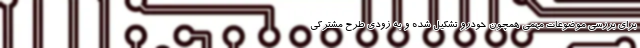
برای بررسی موضوعات مهمی همچون خودرو تشکیل شده و به زودی طرح مشترکی